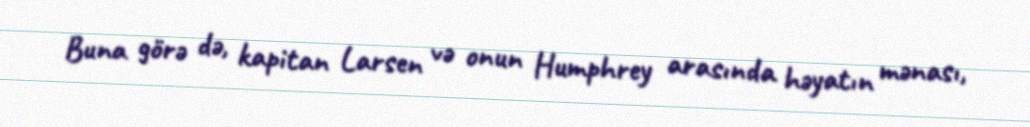
Buna görə də, kapitan Larsen və onun Humphrey arasında həyatın mənası,